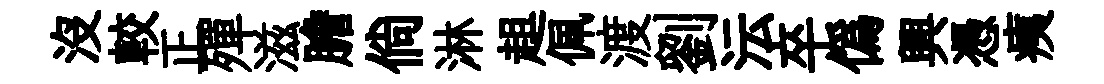
沒較正殫滋膽倘淋趄佩渡劉沄卒僞興憑痍